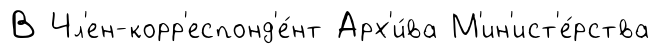
В Чл'ен-корр'еспонд'е́нт Арх'и́ва М'ин'ист'е́рства